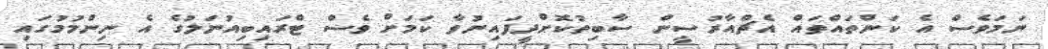
ނަމަވެސް އެ ކަންތައްތައް އެޗްއާރުސީން ސާބިތުކޮށްދީފައިނުވާ ކަމަށް ވެސް ޓްރައިބިއުނަލުގެ އެ ނިންމުމުގައި